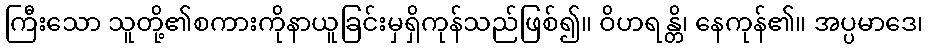
ကြီးသော သူတို့၏စကားကိုနာယူခြင်းမှရှိကုန်သည်ဖြစ်၍။ ဝိဟရန္တိ၊ နေကုန်၏။ အပ္ပမာဒေ၊